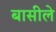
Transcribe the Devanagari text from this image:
बासीले